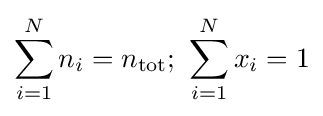
\sum _{i=1}^{N}n_{i}=n_{\mathrm {tot} };\ \sum _{i=1}^{N}x_{i}=1